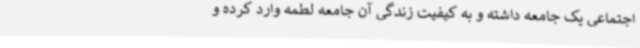
اجتماعی یک جامعه داشته و به کیفیت زندگی آن جامعه لطمه وارد کرده و